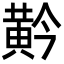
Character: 黅